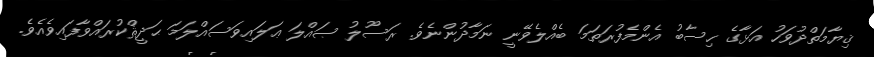
ޤިޔާމަތްދުވަހު އަޅާގެ ހިސާބު އެންމެފުރަތަމަ ބެއްލެވޭނީ ނަމާދުންނެވެ. ރަސޫލު ޞައްލަ ޢަލައިވަސައްލަމަ ޙަދީޘްކުރައްވާފައިވެއެވެ.